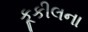
કૂકીલના